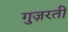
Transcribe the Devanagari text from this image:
गुज़रतीं